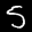
Label: 5